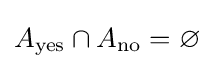
A_{\text{yes}}\cap A_{\text{no}}=\varnothing